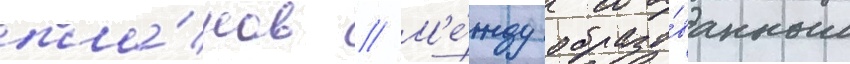
пла́нов // М'е́жду образо́ванным